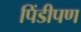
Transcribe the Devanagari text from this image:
पिंडीपण